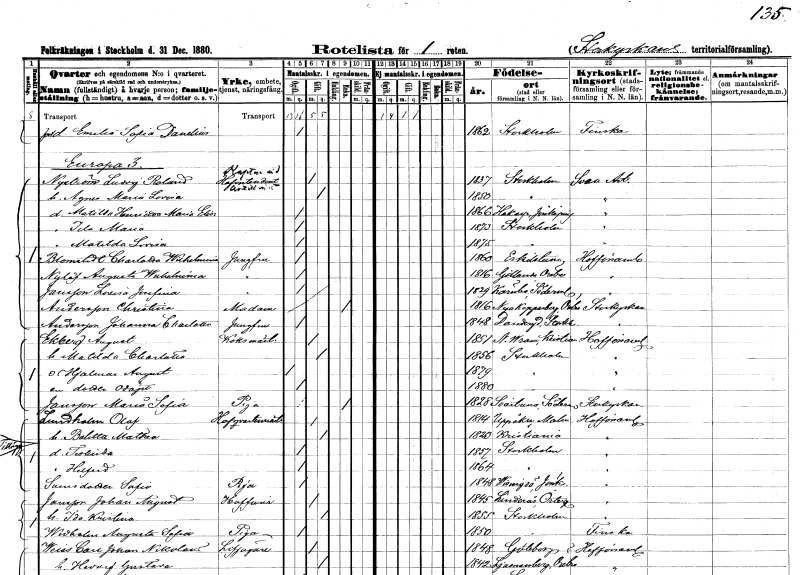
gt_parse: households: individuals: FN: Emilia Sofia
EN: Danelius
KON: K
CIV: O
FODAR: 1862
FODFORS: Stockholm
FN: Ludvig Roland
EN: Nyström
YRKE: Kapten Artillerist
KON: M
CIV: G
FODAR: 1837
FODFORS: Stockholm
FN: Agnes Maria Lovisa
KON: K
CIV: G
FODAR: 1850
FODFORS: Stockholm
FN: Matilda Henrietta Maria Elisabet
KON: K
CIV: O
FODAR: 1866
FODFORS: Hakarp Jönköpings län
FN: Ida Maria
KON: K
CIV: O
FODAR: 1873
FODFORS: Stockholm
FN: Matilda Lovisa
KON: K
CIV: O
FODAR: 1875
FODFORS: Stockholm
FN: Charlotta Wilhelmina
EN: Blomstedt
YRKE: Jungfru
KON: K
CIV: O
FODAR: 1860
FODFORS: Eskilstuna Södermanlands län
FN: Augusta Wilhelmina
EN: Nylöf
YRKE: Jungfru
KON: K
CIV: O
FODAR: 1816
FODFORS: Götlunda Västmanlands län
FN: Lovisa Josefina
EN: Jansson
YRKE: Jungfru
KON: M
CIV: O
FODAR: 1829
FODFORS: Kärnbo Södermanlands län
FN: Christina
EN: Andersson
KON: K
CIV: E
FODAR: 1816
FODFORS: Nya Kopparberg Örebro län
FN: Johanna Charlotta
EN: Andersson
YRKE: Jungfru
KON: K
CIV: O
FODAR: 1848
FODFORS: Danderyd Stockholms län
FN: August
EN: Ekberg
YRKE: Köksmästare
KON: M
CIV: G
FODAR: 1851
FODFORS: Vram Kristianstads län
FN: Matilda Charlotta
KON: K
CIV: G
FODAR: 1856
FODFORS: Stockholm
FN: Hjalmar August
KON: M
CIV: O
FODAR: 1879
FODFORS: Stockholm
KON: K
CIV: O
FODAR: 1880
FODFORS: Stockholm
FN: Maria Sofia
EN: Jansson
YRKE: Piga
KON: K
CIV: O
FODAR: 1828
FODFORS: Svärta Södermanlands län
FN: Olof
EN: Lundholm
YRKE: Hovkvartersmästare
KON: M
CIV: G
FODAR: 1814
FODFORS: Uppåkra Malmöhus län
FN: Baletta Mathea
KON: K
CIV: G
FODAR: 1823
FN: Teolinda
KON: K
CIV: O
FODAR: 1857
FODFORS: Stockholm
FN: Helfrid
KON: K
CIV: O
FODAR: 1864
FODFORS: Stockholm
FN: Sofia
EN: Svensdotter
YRKE: Piga
KON: K
CIV: O
FODAR: 1848
FODFORS: Visingsö Jönköpings län